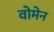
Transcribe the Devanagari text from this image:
वोमेन